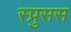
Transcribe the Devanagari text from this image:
स्प्रुसस